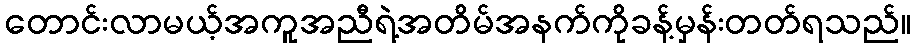
တောင်းလာမယ့်အကူအညီရဲ့အတိမ်အနက်ကိုခန့်မှန်းတတ်ရသည်။